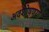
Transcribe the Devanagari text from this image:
अवशोषणया